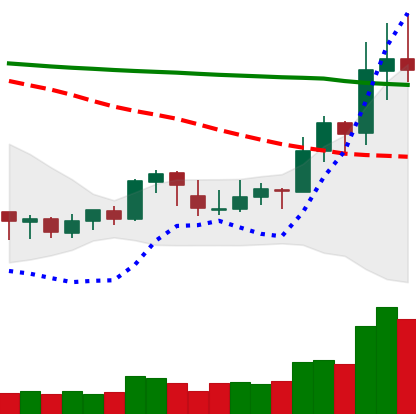
Ticker: XLM-USD
Chart end date: 2020-01-19
Forward return: -4.565%
Label: down_3_5